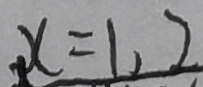
x = 1 , 2